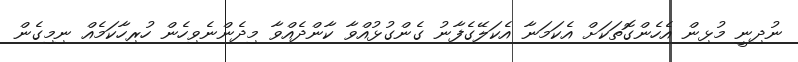
ނުދިނީ މުޅިން އެހެންގޮތަކަށް އެކަމަނާ އެކަލޭގެފާނު ގެންގުޅުއްވާ ކާންދެއްވާ މިދެންނެވިހެން ހުރިހާކަމެއް ނިމިގެން